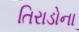
તિરાડોના